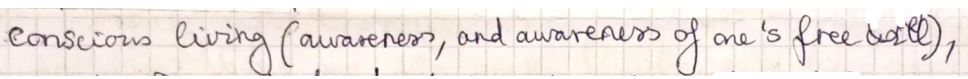
conscious living ( awareness, and awareness of one's free tests ),